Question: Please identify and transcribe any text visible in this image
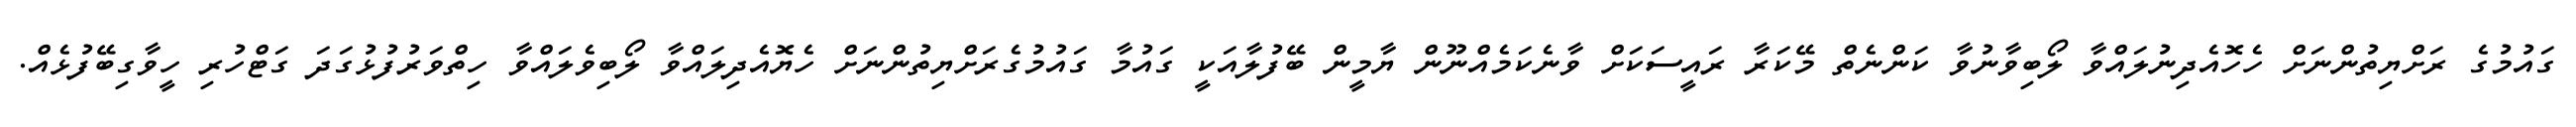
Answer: ގައުމުގެ ރަށްޔިތުންނަށް ހެހޮއެދިނުލައްވާ ލޯބިވާނުވާ ކަންނެތް މޭކަރާ ރައީސަކަށް ވާނެކަމެއްނޫން ޔާމީން ބޭފުލާއަކީ ގައުމާ ގައުމުގެރަށްޔިތުންނަށް ހެޔޮއެދިލައްވާ ލޯބިވެލައްވާ ހިތްވަރުފުޅުގަދަ ގަޓްހުރި ހީވާގިބޭފުޅެއް.